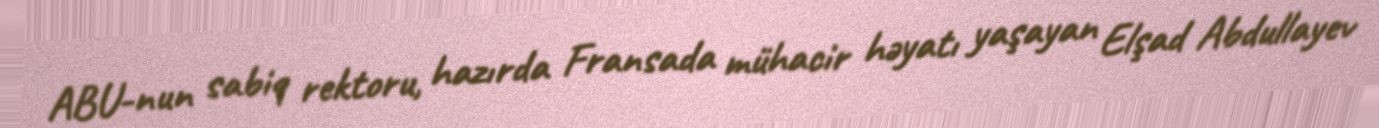
ABU-nun sabiq rektoru, hazırda Fransada mühacir həyatı yaşayan Elşad Abdullayev